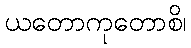
ယတောကုတောစိ၊